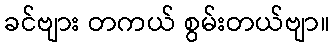
ခင်ဗျား တကယ် စွမ်းတယ်ဗျာ။